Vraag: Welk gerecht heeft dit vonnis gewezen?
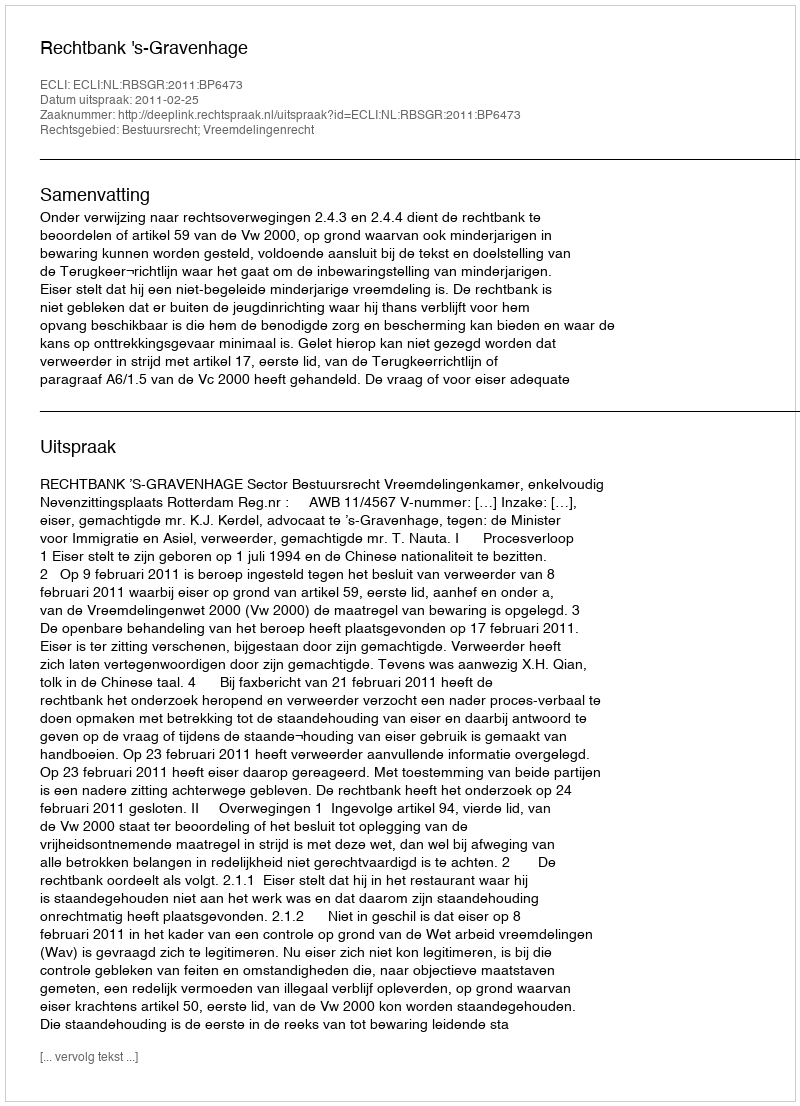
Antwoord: Rechtbank 's-Gravenhage